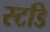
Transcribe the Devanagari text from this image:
स्टडि